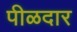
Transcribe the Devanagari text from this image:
पीळदार